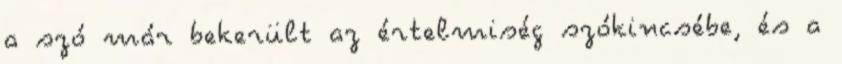
a szó már bekerült az értelmiség szókincsébe, és a